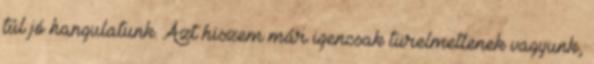
túl jó hangulatunk. Azt hiszem már igencsak türelmetlenek vagyunk,